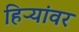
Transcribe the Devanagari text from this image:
हिऱ्यांवर